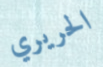
الحريري